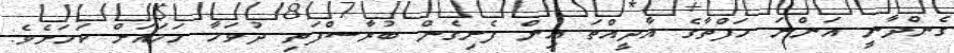
ގެންދާނީ އަންނަ ހަފްތާގެ އާދީއްތަ އިން ފެށިގެން ބުރާސްފަތި ދުވަހާ ހަމައަށް ކަމަށެވެ.